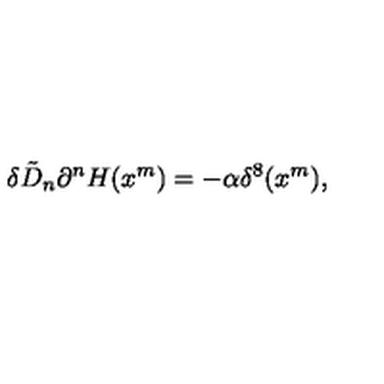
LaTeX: \delta \tilde { D } _ { n } \partial ^ { n } H ( x ^ { m } ) = - \alpha \delta ^ { 8 } ( x ^ { m } ) ,